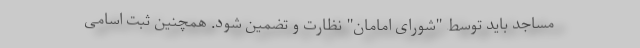
مساجد باید توسط "شورای امامان" نظارت و تضمین شود. همچنین ثبت اسامی